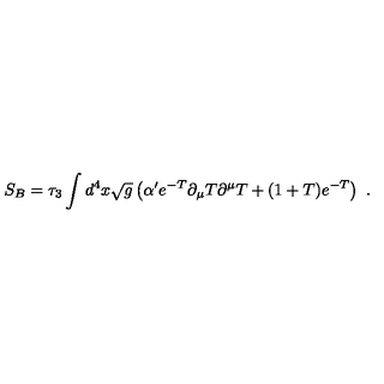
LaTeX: S _ { B } = \tau _ { 3 } \int d ^ { 4 } x \sqrt { g } \left( \alpha ^ { \prime } e ^ { - T } \partial _ { \mu } { T } \partial ^ { \mu } { T } + ( 1 + T ) e ^ { - T } \right) \ .